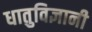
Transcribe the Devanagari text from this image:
धातुविज्ञानी